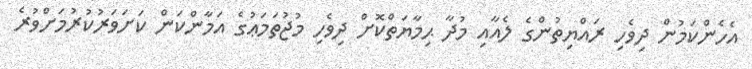
އެހެންކަމުން ދިވެހި ރައްޔިތުންގެ ލެއާއި މުދާ ޙިމާޔަތްކޮށް ދިވެހި މުޖުތަމަޢުގެ އަމާންކަން ކަށަވަރުކުރުމަށްވުރެ